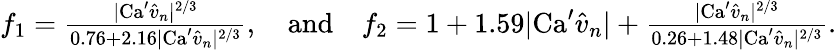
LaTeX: \begin{array}{r}{f_{1}=\frac{|\textrm{Ca}^{\prime}\hat{v}_{n}|^{2/3}}{0.76+2.16|\textrm{Ca}^{\prime}\hat{v}_{n}|^{2/3}},\quad\mathrm{and}\quad f_{2}=1+1.59|\textrm{Ca}^{\prime}\hat{v}_{n}|+\frac{|\textrm{Ca}^{\prime}\hat{v}_{n}|^{2/3}}{0.26+1.48|\textrm{Ca}^{\prime}\hat{v}_{n}|^{2/3}}.}\end{array}